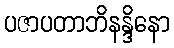
ပဇာပတာဘိနန္ဒိနော